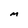
Character: M